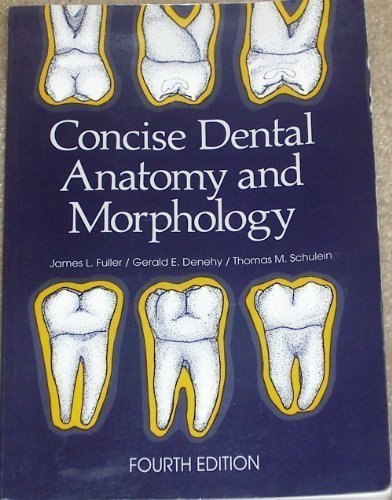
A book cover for Concise Dental Anatomy and Morphology 4th edition by Fuller, Jim published by University of Iowa College of Dentistry Paperback; Medical Books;